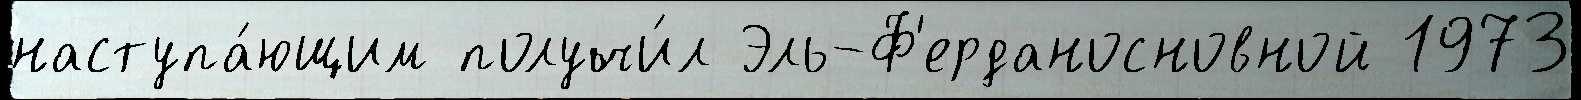
наступа́ющим получи́л Эль-Ф'ерданосновной 1973